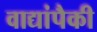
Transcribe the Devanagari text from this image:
वाद्यांपैकी